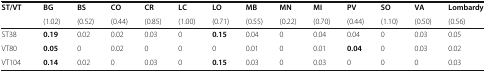
| <ROWSPAN=2> ST/VT | BG | BS | CO | CR | LC | LO | MB | MN | MI | PV | SO | VA | Lombardy |
 | (1.02) | (0.52) | (0.44) | (0.85) | (1.00) | (0.71) | (0.55) | (0.22) | (0.70) | (0.44) | (1.10) | (0.50) | (0.56) |
 | --- | --- | --- | --- | --- | --- | --- | --- | --- | --- | --- | --- | --- | --- |
 | ST38 | 0.19 | 0.02 | 0.02 | 0.03 | 0 | 0.15 | 0.04 | 0 | 0.04 | 0.04 | 0 | 0.03 | 0.05 |
 | VT80 | 0.05 | 0 | 0.02 | 0 | 0 | 0 | 0.01 | 0 | 0.01 | 0.04 | 0 | 0.03 | 0.02 |
 | VT104 | 0.14 | 0.02 | 0 | 0.03 | 0 | 0.15 | 0.03 | 0 | 0.03 | 0 | 0 | 0 | 0.03 |